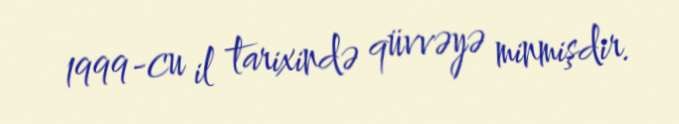
1999-cu il tarixində qüvvəyə minmişdir.